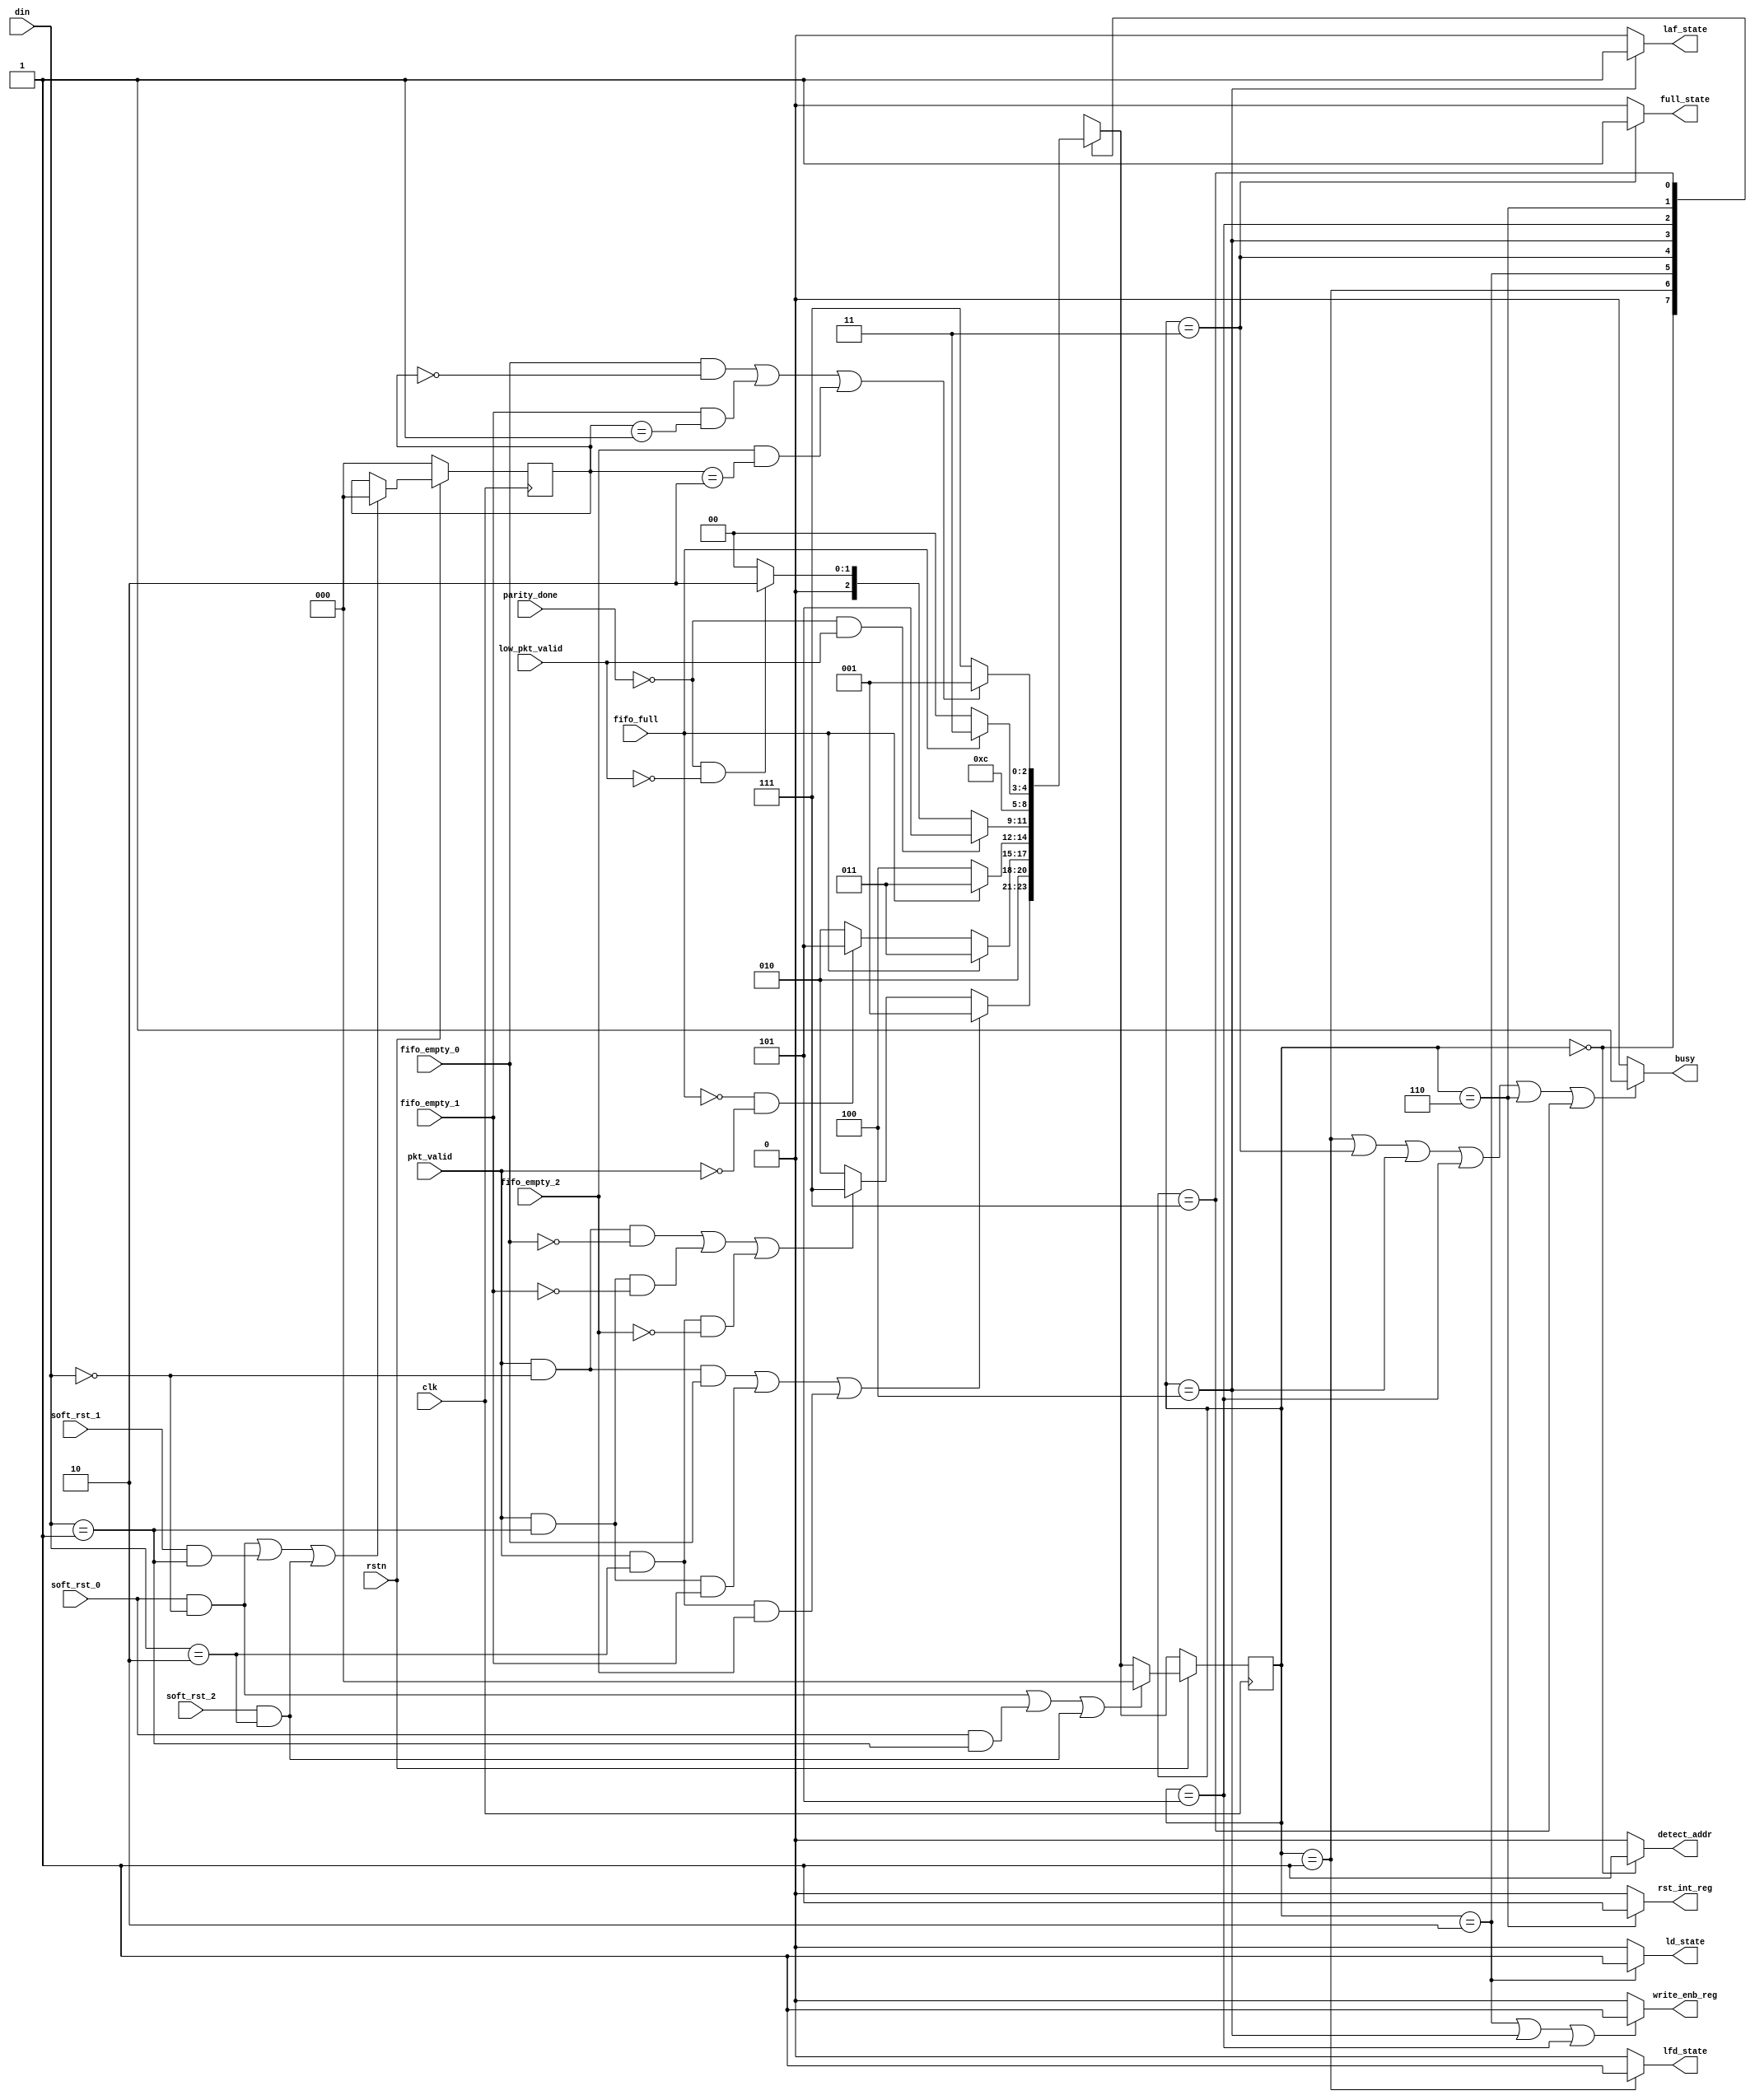
module router_controller(clk,rstn,pkt_valid,parity_done,soft_rst_0,soft_rst_1,soft_rst_2,fifo_full,low_pkt_valid,fifo_empty_0,fifo_empty_1,fifo_empty_2,
din,busy,detect_addr,lfd_state,laf_state,full_state,write_enb_reg,rst_int_reg,ld_state);
input clk,rstn,pkt_valid,parity_done,fifo_full,low_pkt_valid;
input soft_rst_0,soft_rst_1,soft_rst_2;
input fifo_empty_0,fifo_empty_1,fifo_empty_2;
input [1:0]din;
output busy,detect_addr,lfd_state,laf_state,full_state,write_enb_reg,rst_int_reg,ld_state;
parameter decode_address=3'b000,load_first_data=3'b001,load_data=3'b010,fifo_full_state=3'b011,load_after_full=3'b100,load_parity=3'b101,check_parity_error=3'b110,wait_till_empty=3'b111;
reg[2:0]pre,next;
reg[2:0]addr;
always@(posedge clk)
begin
if(~rstn)
pre<=next;
else
if((soft_rst_0&&din==2'b00)||(soft_rst_0&&din==2'b01)||(soft_rst_2&&din==2'b10))
pre<=decode_address;
else
pre<=next;
end
always@(*)
begin
next=pre;
begin
case(pre)
decode_address: if((pkt_valid&&(din==0)&&fifo_empty_0)||(pkt_valid&&(din==1)&&fifo_empty_1)||(pkt_valid&&(din==2)&&fifo_empty_2))
                next=load_first_data;
                else if((pkt_valid&&(din==0)&& ~fifo_empty_0)||(pkt_valid&&(din==1)&& ~fifo_empty_1)||(pkt_valid&&(din==2)&& ~fifo_empty_2))
                next=wait_till_empty;
                else next=load_data;
load_first_data: next=load_data;
load_data:      if(fifo_full)
                next=fifo_full_state;
                else if (~fifo_full&& ~pkt_valid)
                next=load_parity;
                else next=load_data;
fifo_full_state: if(~fifo_full)
                next=load_after_full;
                 else next=fifo_full_state;
load_after_full: if(~parity_done&&low_pkt_valid)
                next=load_parity;
                 else if(~parity_done&& ~low_pkt_valid)
                next=load_data;
                 else next=decode_address;
load_parity: next=check_parity_error;
check_parity_error: if(fifo_full)
                   next=fifo_full_state;
                     else next=decode_address;
wait_till_empty: if((fifo_empty_0&&(addr==0))||(fifo_empty_1&&(addr==1))||(fifo_empty_2&&(addr==2)))
                        next=load_first_data;
                  else next=wait_till_empty;
default: next=decode_address;
endcase
end
end
always@(posedge clk)
begin
if(~rstn)
addr<=0;
else
if((soft_rst_0&&din==2'b00)||(soft_rst_1&&din==2'b01)||(soft_rst_2&&din==2'b10))
addr<=0;
else if(decode_address)
addr<=din;
end
assign detect_addr=(pre==decode_address)?1'b1:1'b0;
assign lfd_state=(pre==load_first_data)?1'b1:1'b0;
assign full_state=(pre==fifo_full_state)?1'b1:1'b0;
assign ld_state=(pre==load_data)?1'b1:1'b0;
assign laf_state=(pre==load_after_full)?1'b1:1'b0;
assign rst_int_reg=(pre==check_parity_error)?1'b1:1'b0;
assign write_enb_reg=((pre==load_data||pre==load_after_full||pre==load_parity))?1'b1:1'b0;
assign busy=((pre==load_first_data||pre==fifo_full_state||pre==load_after_full||pre==load_parity||pre==check_parity_error||pre==wait_till_empty))?1'b1:1'b0;
endmodule